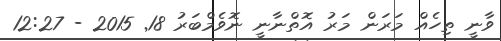
ވާނީ ތިހެއް މަރަން މަރު އޮތްނާނީ ނޮވެމްބަރު 18